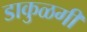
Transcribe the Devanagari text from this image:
डाकुळगी